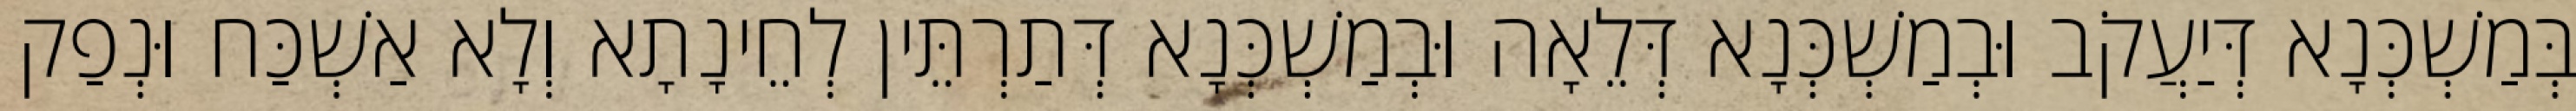
בְּמַשְׁכְּנָא דְּיַעֲקֹב וּבְמַשְׁכְּנָא דְּלֵאָה וּבְמַשְׁכְּנָא דְּתַרְתֵּין לְחֵינָתָא וְלָא אַשְׁכַּח וּנְפַק